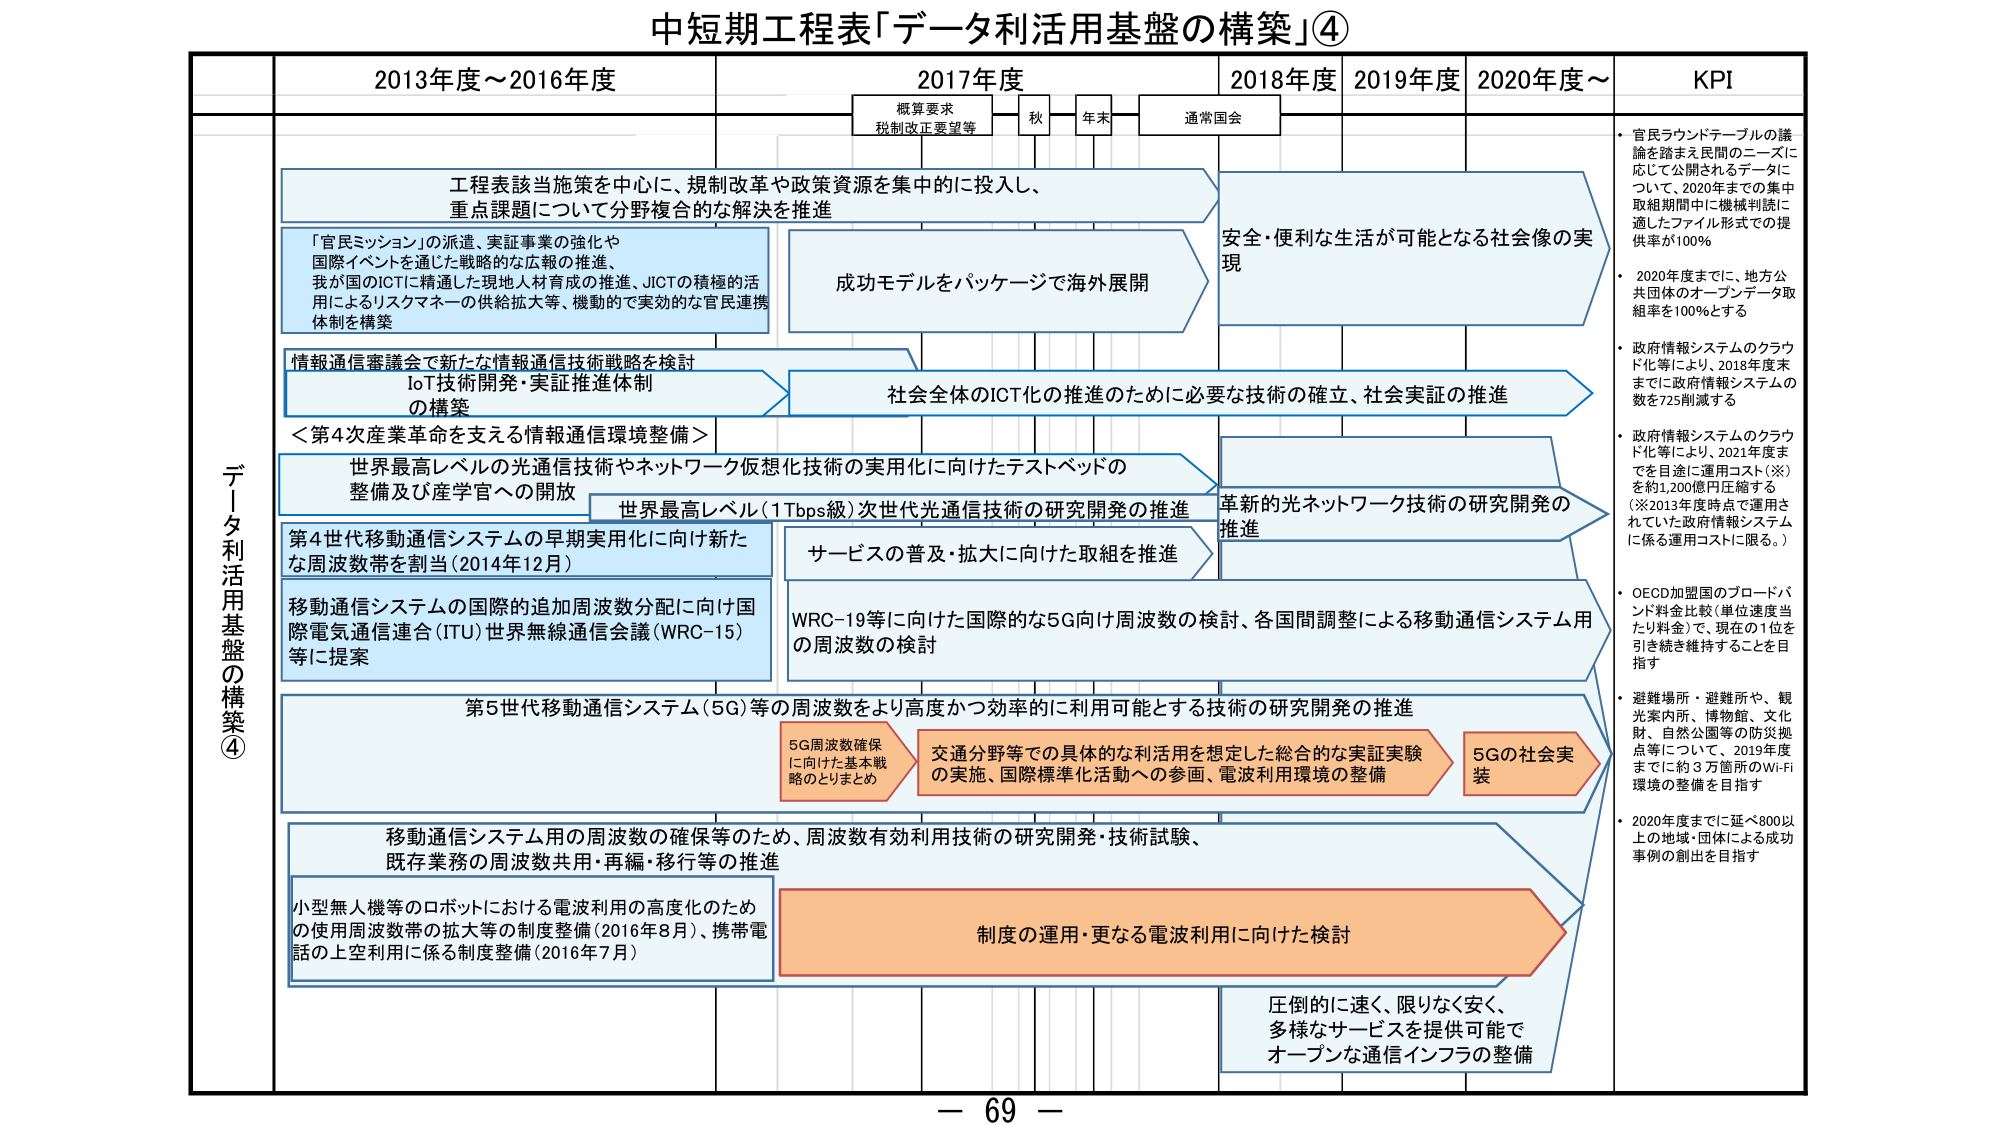
中短期工程表「データ利活用基盤の構築」④

2013年度～2016年度
2017年度
2018年度
2019年度
2020年度～
KPI

概算要求
税制改正要望等
秋
年末
通常国会

データ利活用基盤の構築④

工程表該当施策を中心に、規制改革や政策資源を集中的に投入し、
重点課題について分野複合的な解決を推進

「官民ミッション」の派遣、実証事業の強化や
国際イベントを通じた戦略的な広報の推進、
我が国のICTに精通した現地人材育成の推進、JICTの積極的活
用によるリスクマネーの供給拡大等、機動的で実効的な官民連携
体制を構築

情報通信審議会で新たな情報通信技術戦略を検討
IoT技術開発・実証推進体制
の構築

＜第4次産業革命を支える情報通信環境整備＞

世界最高レベルの光通信技術やネットワーク仮想化技術の実用化に向けたテストベッドの
整備及び産学官への開放

第4世代移動通信システムの早期実用化に向け新たな
周波数帯を割当（2014年12月）

移動通信システムの国際的追加周波数分配に向け国
際電気通信連合（ITU）世界無線通信会議（WRC-15）
等に提案

成功モデルをパッケージで海外展開

社会全体のICT化の推進のために必要な技術の確立、社会実証の推進

世界最高レベル（1Tbps級）次世代光通信技術の研究開発の推進

サービスの普及・拡大に向けた取組を推進

WRC-19等に向けた国際的な5G向け周波数の検討、各国間調整による移動通信システム用
の周波数の検討

第5世代移動通信システム（5G）等の周波数をより高度かつ効率的に利用可能とする技術の研究開発の推進

5G周波数確保
に向けた基本戦
略のとりまとめ

交通分野等での具体的な利活用を想定した総合的な実証実験
の実施、国際標準化活動への参画、電波利用環境の整備

5Gの社会実
装

移動通信システム用の周波数の確保等のため、周波数有効利用技術の研究開発・技術試験、
既存業務の周波数共用・再編・移行等の推進

小型無人機等のロボットにおける電波利用の高度化のため
の使用周波数帯の拡大等の制度整備（2016年8月）、携帯電
話の上空利用に係る制度整備（2016年7月）

制度の運用・更なる電波利用に向けた検討

安全・便利な生活が可能となる社会像の実
現

革新的光ネットワーク技術の研究開発の
推進

圧倒的に速く、限りなく安く、
多様なサービスを提供可能で
オープンな通信インフラの整備

・官民ラウンドテーブルの議
論を踏まえ民間のニーズに
応じて公開されるデータに
ついて、2020年までの集中
取組期間中に機械判読に
適したファイル形式での提
供率が100％

・2020年度までに、地方公
共団体のオープンデータ取
組率を100％とする

・政府情報システムのクラウ
ド化等により、2018年度末
までに政府情報システムの
数を725削減する

・政府情報システムのクラウ
ド化等により、2021年度ま
でを目途に運用コスト（※）
を約1,200億円圧縮する
（※2013年度時点で運用さ
れていた政府情報システム
に係る運用コストに限る。）

・OECD加盟国のブロードバ
ンド料金比較（単位速度当
たり料金）で、現在の1位を
引き続き維持することを目
指す

・避難場所・避難所や、観
光案内所、博物館、文化
財、自然公園等の防災拠
点等について、2019年度
までに約3万箇所のWi-Fi
環境の整備を目指す

・2020年度までに延べ800以
上の地域・団体による成功
事例の創出を目指す

－ 69 －